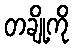
တချို့ကို